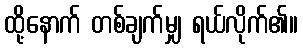
ထို့နောက် တစ်ချက်မျှ ရယ်လိုက်၏။